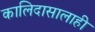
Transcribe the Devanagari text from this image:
कालिदासालाही